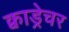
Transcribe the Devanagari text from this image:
क्वाड्रेचर